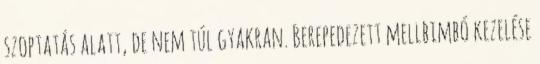
szoptatás alatt, de nem túl gyakran. Berepedezett mellbimbó kezelése